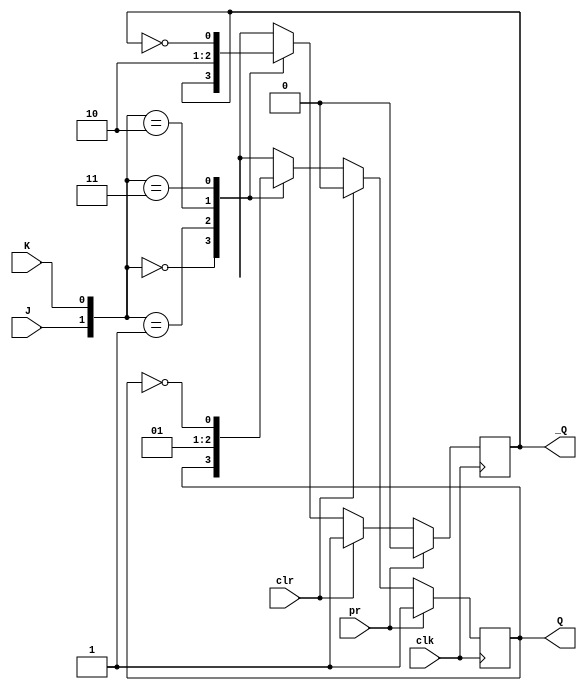
module jkff(clk,J,K,pr,clr,Q,_Q);
    input clk;
    input J;
    input K;
    input pr;
    input clr;

    output reg Q;
    output reg _Q;

    always @(posedge clk)
    begin
        if(pr)
        begin
            Q<=1;
            _Q<=0;
        end
        else if(clr)
        begin
            Q<=0;
            _Q<=1;
        end
        else
        begin
            case({J,K})
                2'b00: begin
                    Q<=Q;
                    _Q<=_Q;
                end
                2'b01: begin
                    Q<=0;
                    _Q<=1;
                end
                2'b10: begin
                    Q<=1;
                    _Q<=0;
                end
                2'b11: begin
                    Q<=~Q;
                    _Q<=~_Q;
                end
            endcase
        end
    end
endmodule